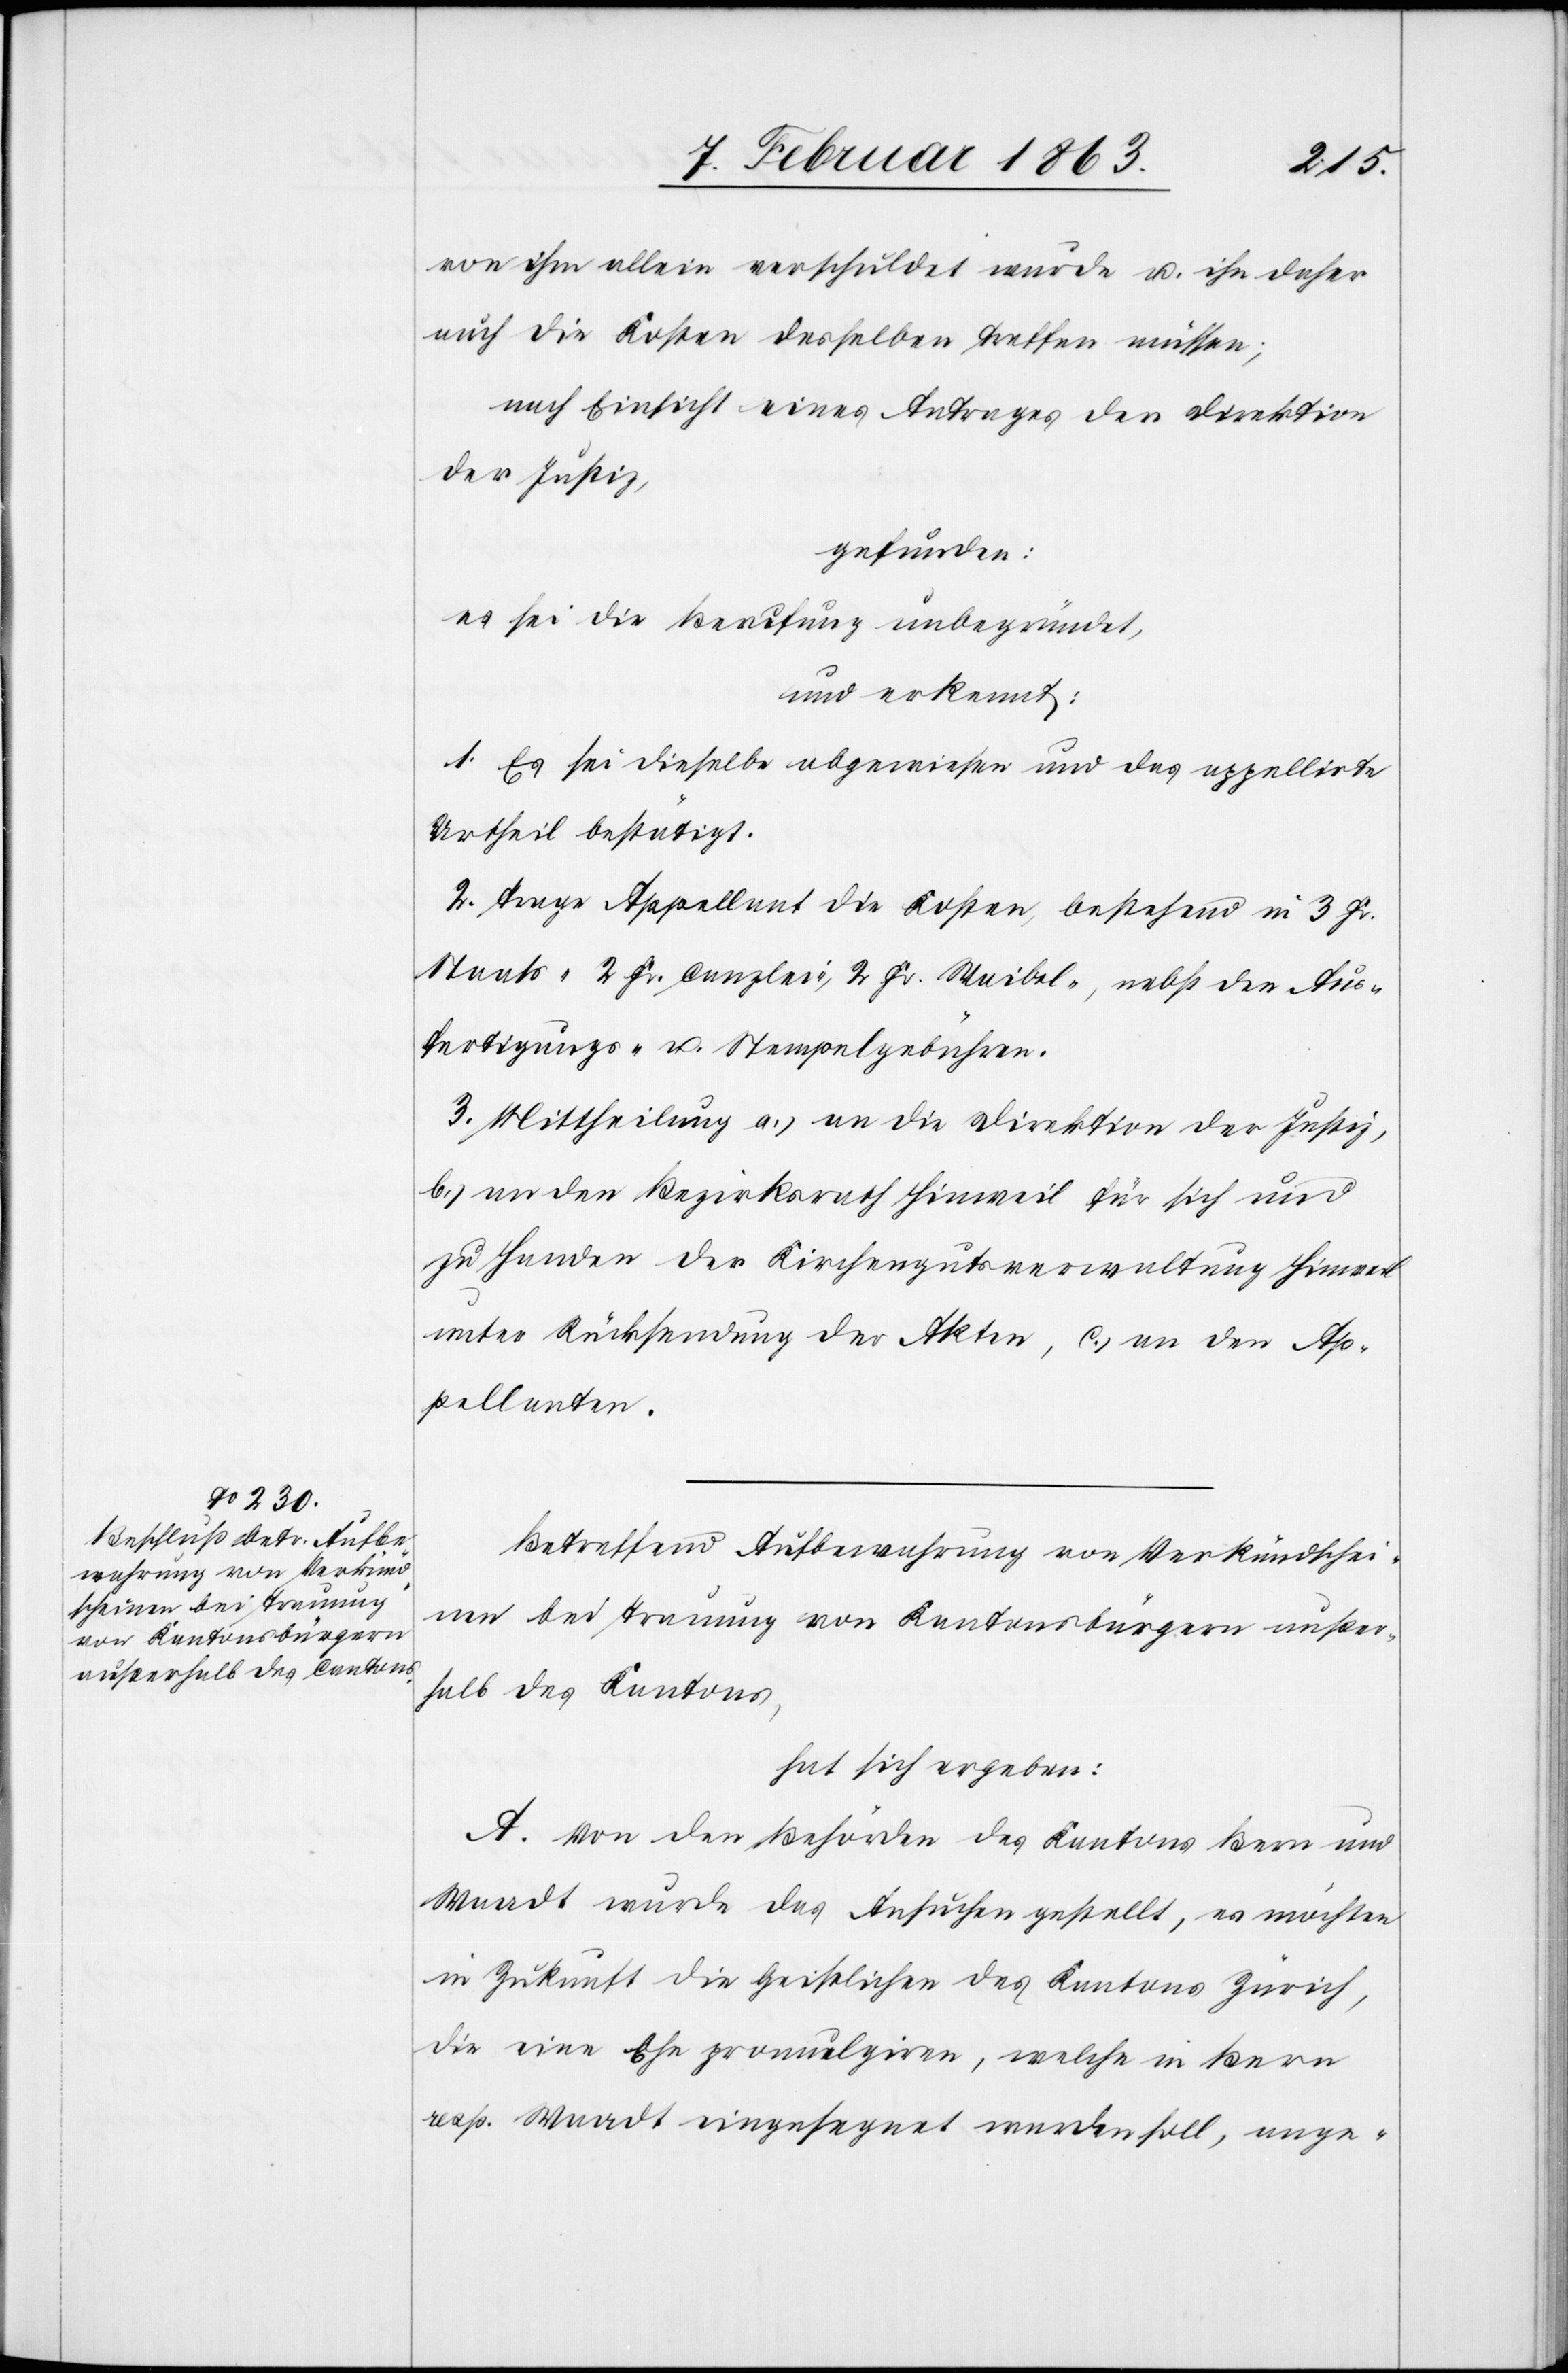
von ihm allein verschuldet wurde u. ihn daher
auch die Kosten desselben treffen müssen;
nach Einsicht eines Antrages der Direktion
der Justiz,
gefunden:
es sei die Berufung unbegründet,
und erkannt:
1. Es sei dieselbe abgewiesen und das appellirte
Urtheil bestätigt.
2. Trage Appellant die Kosten, bestehend in 3 Fr.
Staats-[,] 2 Fr. Canzlei-, 2 Fr. Waibel-, nebst den Aus¬
fertigungs- u. Stempelgebühren.
3. Mittheilung a.) an die Direktion der Justiz,
b.) an den Bezirksrath Hinweil für sich und
zu Handen der Kirchengutsverwaltung Hinweil
unter Rücksendung der Akten, c.) an den Ap¬
pellanten.
Betreffend Aufbewahrung von Verkündschei¬
nen bei Trennung von Kantonsbürgern außer¬
halb des Kantons,
hat sich ergeben:
A. Von den Behörden des Kantons Bern und
Waadt wurde das Ansuchen gestellt, es möchten
in Zukunft die Geistlichen des Kantons Zürich,
die eine Ehe promulgiren, welche in Bern
resp. Waadt eingesegnet werden soll, ange-